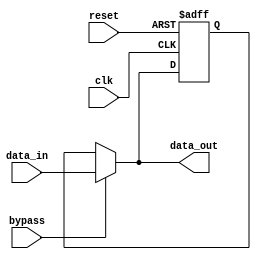
module SimpleBypassRegister(
  input wire clk,
  input wire reset,
  input wire bypass,
  input wire [7:0] data_in,
  output wire [7:0] data_out
);

reg [7:0] reg_data;

always @(posedge clk or posedge reset) begin
  if (reset) begin
    reg_data <= 8'b0;
  end else begin
    if (bypass) begin
      reg_data <= data_in;
    end
  end
end

assign data_out = bypass ? data_in : reg_data;

endmodule